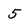
Character: 5